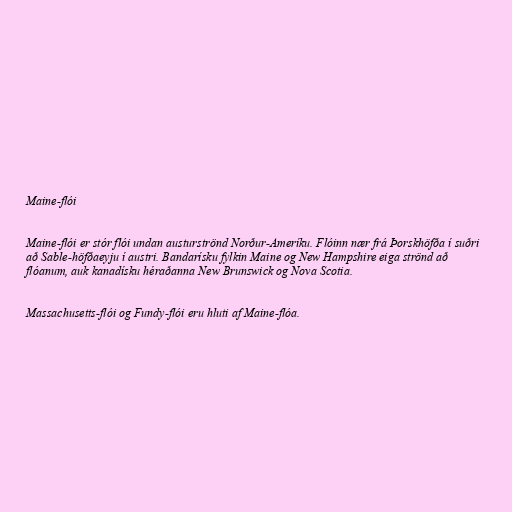
Maine-flói

Maine-flói er stór flói undan austurströnd Norður-Ameríku. Flóinn nær frá Þorskhöfða í suðri
að Sable-höfðaeyju í austri. Bandarísku fylkin Maine og New Hampshire eiga strönd að
flóanum, auk kanadísku héraðanna New Brunswick og Nova Scotia.

Massachusetts-flói og Fundy-flói eru hluti af Maine-flóa.